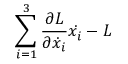
\sum _ { i = 1 } ^ { 3 } { \frac { \partial L } { \partial { \dot { x } } _ { i } } } { \dot { x _ { i } } } - L